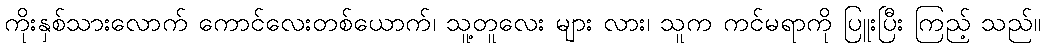
ကိုးနှစ်သားလောက် ကောင်လေးတစ်ယောက်၊ သူ့တူလေး များ လား၊ သူက ကင်မရာကို ပြူးပြီး ကြည့် သည်။